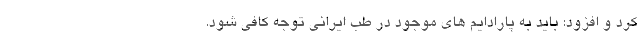
کرد و افزود: باید به پارادایم های موجود در طب ایرانی توجه کافی شود.